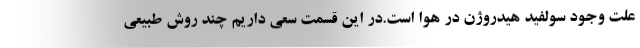
علت وجود سولفید هیدروژن در هوا است.در این قسمت سعی داریم چند روش طبیعی